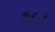
૭૯૮